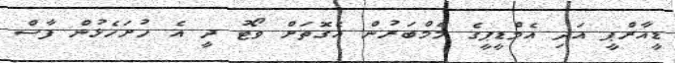
ޑީއާރްޕީ އަދި އެމްޑީޕީގެ މެމްބަރުން އެގޮތަށް ވޯޓު ދީ އެ ހުށަހެޅުން ފާސް